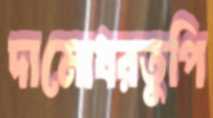
দামোধরতুপি